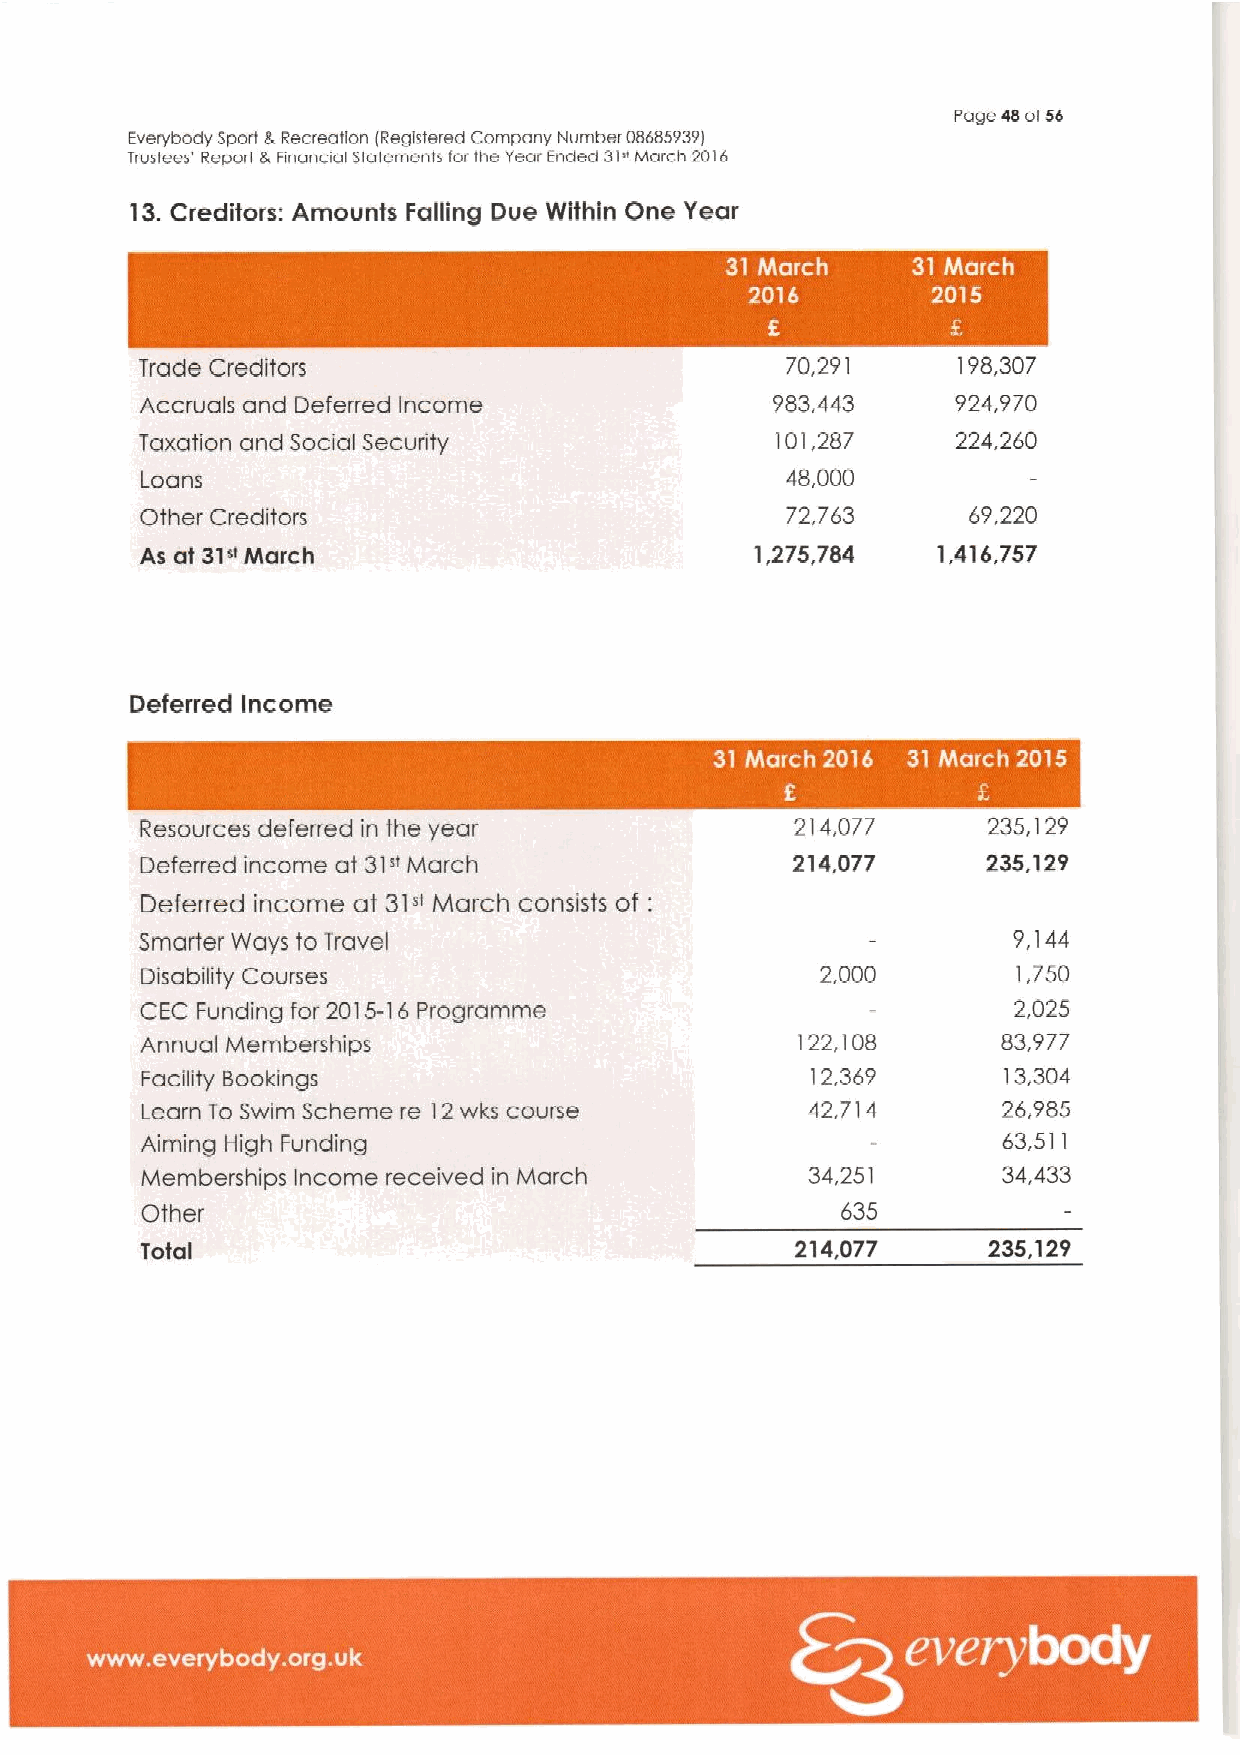
Page 48ofSd
 Everybody Sport &Recreation (Registered Company Number 08485939I
 trustees' Report &Financial Statements for the Year Ended 31"March 2016
 13.Creditors: Amounts Falling Due Within One Year
 Trade Creditors                            70,291     198,307
 Accruals and Deferred Income              983,443     924,970
 Taxation and Social Security              101,287     224.260
 Loans                                      48,000
 Other Creditors                            72,763      69,220
 As at 31" Niarch                         1,275,784   1,416,757
 Deferred Income
 Resources deferred in the year              214,077     235,129
 Deferred income at 31»Ivlarch              214,077      235,129
 Deferred income at 31» March consists of:
 Smarter Ways to Travel                                    9,144
 Disability Courses                           2,000        1,750
 CEC Funding for 2015- 6 Programme                         2,025
 I
 Annual Memberships                          122,108      83,977
 Facility Bookings                            12,369      13,304
 Learn To Swim Scheme re 12wks course        42,714       26,985
 Aiming High Funding                                      63,511
 Memberships Income received in March         34,251      34,433
 Other                                          635
 Total                                       214,077     235,129
 ~ ~ ~